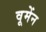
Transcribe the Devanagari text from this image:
वूमेंन